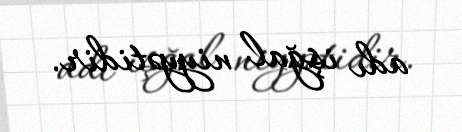
adı işğal niyyətidir.